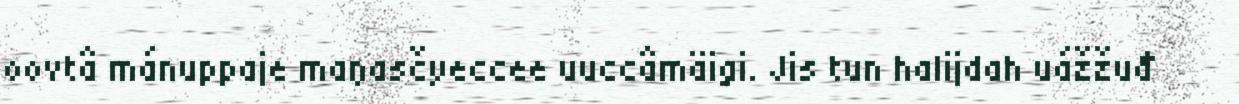
oovtâ mánuppaje maŋasčyeccee uuccâmäigi. Jis tun halijdah uážžuđ